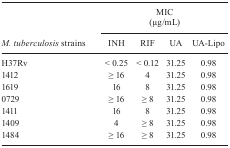
| <ROWSPAN=3> M. tuberculosis strains | <COLSPAN=4> MIC (μg/mL) |
 | INH | RIF | UA | UA-Lipo |
 | --- | --- | --- | --- | --- |
 | H37Rv | < 0.25 | < 0.12 | 31.25 | 0.98 |
 | 1412 | ≥ 16 | 4 | 31.25 | 0.98 |
 | 1619 | 16 | 8 | 31.25 | 0.98 |
 | 0729 | ≥ 16 | ≥ 8 | 31.25 | 0.98 |
 | 1411 | 16 | 8 | 31.25 | 0.98 |
 | 1409 | 4 | ≥ 8 | 31.25 | 0.98 |
 | 1484 | ≥ 16 | ≥ 8 | 31.25 | 0.98 |